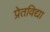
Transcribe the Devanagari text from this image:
प्रेतविद्या